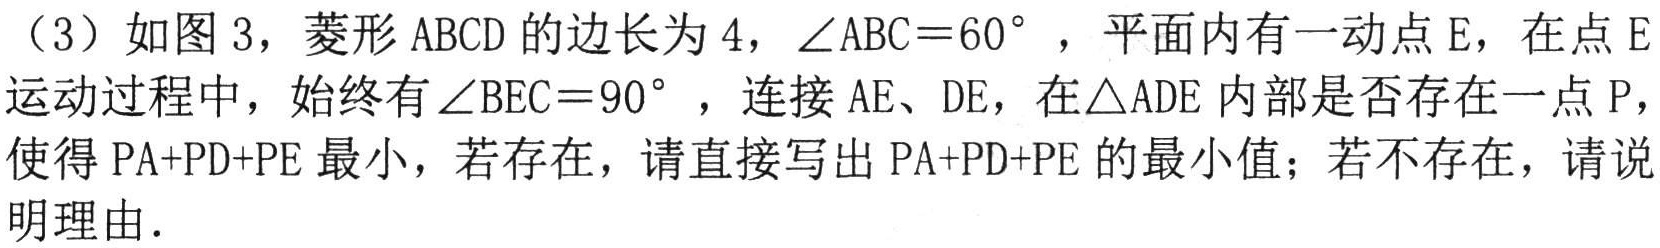
(3) 如图3，菱形\(ABCD\)的边长为\(4\)，\(\angle ABC = 60^{\circ}\)，平面内有一动点\(E\)，在点\(E\)运动过程中，始终有\(\angle BEC = 90^{\circ}\)，连接\(AE\)、\(DE\)，在\(\triangle ADE\)内部是否存在一点\(P\)，使得\(PA + PD+PE\)最小，若存在，请直接写出\(PA + PD + PE\)的最小值；若不存在，请说明理由.